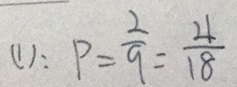
( 1 ) : P = \frac { 2 } { 9 } = \frac { 4 } { 1 8 }